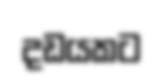
දඩයකට